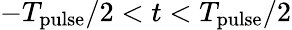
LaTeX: -T_{\mathrm{pulse}}/2<t<T_{\mathrm{pulse}}/2